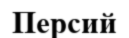
Персий